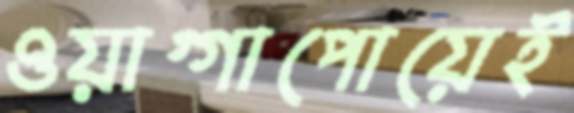
ওয়াগ্গাপোয়েই